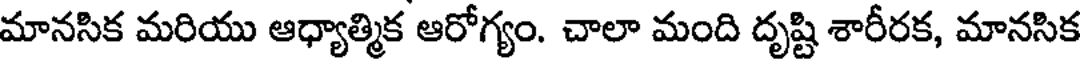
మానసిక మరియు ఆధ్యాత్మిక ఆరోగ్యం. చాలా మంది దృష్టి శారీరక, మానసిక